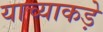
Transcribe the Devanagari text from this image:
याच्याकड़े